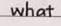
what